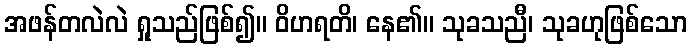
အဖန်တလဲလဲ ရှုသည်ဖြစ်၍။ ဝိဟရတိ၊ နေ၏။ သုခသညီ၊ သုခဟုဖြစ်သော